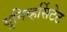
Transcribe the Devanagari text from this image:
युनिव्हर्सिटेट